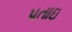
પતાઇ